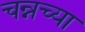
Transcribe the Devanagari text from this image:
चन्नच्या